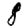
Digit: 8